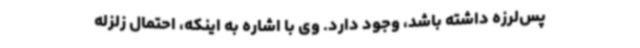
پس‌لرزه‌ داشته باشد، وجود دارد. وی با اشاره به اینکه، احتمال زلزله